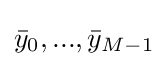
{\bar {y}}_{0},...,{\bar {y}}_{M-1}